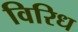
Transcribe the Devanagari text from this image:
विरिध